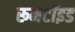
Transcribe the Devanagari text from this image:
रूमटॉइड